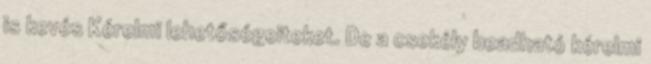
is kevés Kérelmi lehetőségeiteket. De a csekély beadható kérelmi